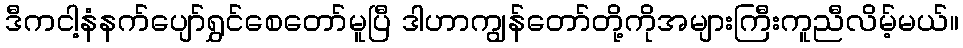
ဒီကငါ့နံနက်ပျော်ရွှင်စေတော်မူပြီ ဒါဟာကျွန်တော်တို့ကိုအများကြီးကူညီလိမ့်မယ်။